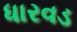
ધારવડ